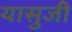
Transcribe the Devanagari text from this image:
यासुजी